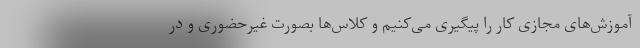
آموزش‌های مجازی کار را پیگیری می‌کنیم و کلاس‌ها بصورت غیرحضوری و در